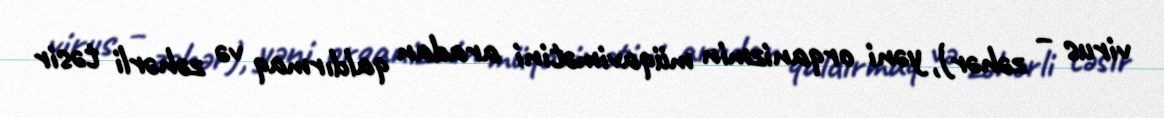
virus – zəhər), yəni orqanizmin müqavimətini aradan qaldırmaq və zəhərli təsir